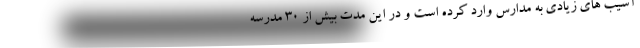
آسیب های زیادی به مدارس وارد کرده است و در این مدت بیش از ۳۰ مدرسه